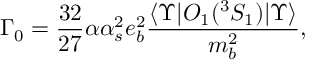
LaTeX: \Gamma _ { 0 } = \frac { 3 2 } { 2 7 } \alpha \alpha _ { s } ^ { 2 } e _ { b } ^ { 2 } \frac { \langle \Upsilon \vert { \cal O } _ { 1 } ( ^ { 3 } S _ { 1 } ) \vert \Upsilon \rangle } { m _ { b } ^ { 2 } } ,